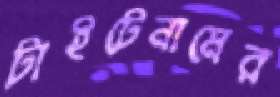
টাইটেনামের